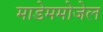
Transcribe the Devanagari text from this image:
माडेममोजेल